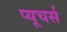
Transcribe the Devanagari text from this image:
प्यूचर्स